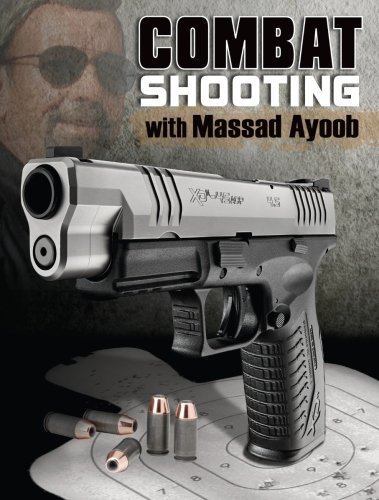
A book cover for Combat Shooting with Massad Ayoob; Massad Ayoob; Sports & Outdoors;